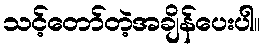
သင့်တော်တဲ့အချိန်ပေးပါ။